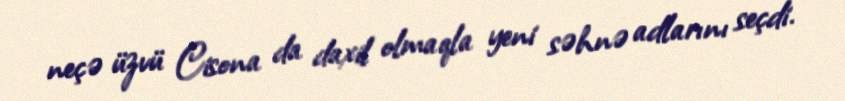
neçə üzvü Cisona da daxil olmaqla yeni səhnə adlarını seçdi.